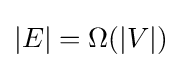
|E|=\Omega (|V|)